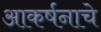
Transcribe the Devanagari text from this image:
आकर्षनाचे